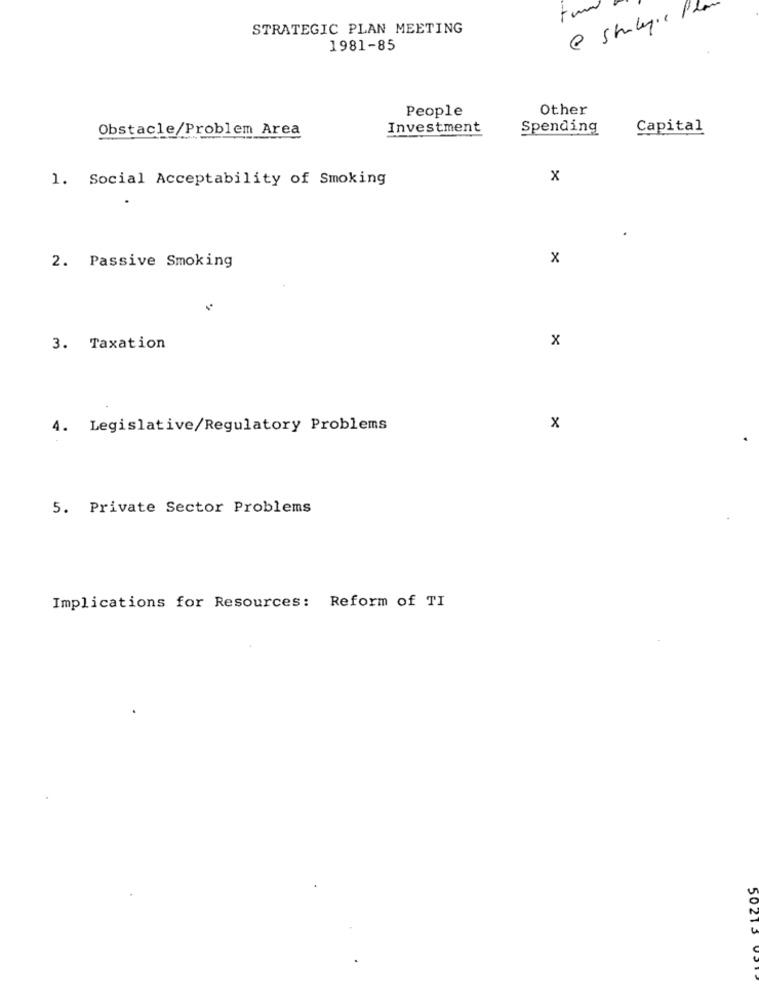
STRATEGIC PLAN MEETING
1981-85
People
Other
Obstacle/Problem Area
Investment
Spending
Capital
1. Social Acceptability of Smoking
x
2. Passive Smoking
x
x
3. Taxation
4. Legislative/Regulatory Problems
x
5. Private Sector Problems
Implications for Resources: Reform of TI
50213